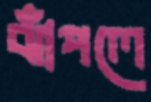
ঝাঁপলে